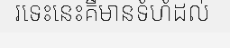
រទេះនេះគឺមានទំហំដល់